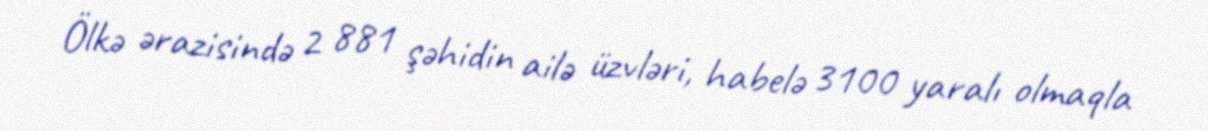
Ölkə ərazisində 2 881 şəhidin ailə üzvləri, habelə 3100 yaralı olmaqla